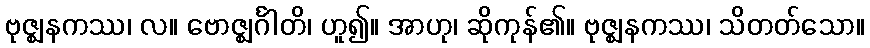
ဗုဇ္ဈနကဿ၊ လ။ ဗောဇ္ဈင်္ဂါတိ၊ ဟူ၍။ အာဟု၊ ဆိုကုန်၏။ ဗုဇ္ဈနကဿ၊ သိတတ်သော။